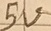
Text: 5V